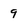
Character: 9